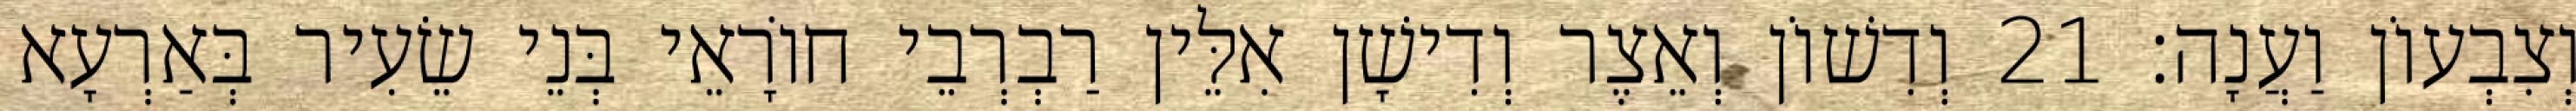
וְצִבְעוֹן וַעֲנָה׃ 21 וְדִשׁוֹן וְאֵצֶר וְדִישָׁן אִלֵּין רַבְרְבֵי חוֹרָאֵי בְּנֵי שֵׂעִיר בְּאַרְעָא